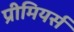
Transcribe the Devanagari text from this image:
प्रीमियर्स